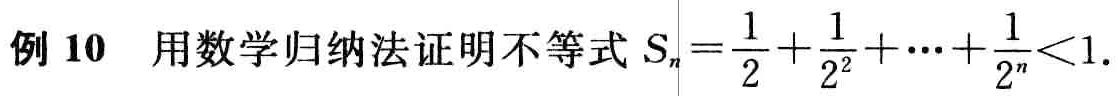
例 10 用数学归纳法证明不等式 \(S_{n}=\frac{1}{2}+\frac{1}{2^{2}}+\cdots+\frac{1}{2^{n}}<1\).